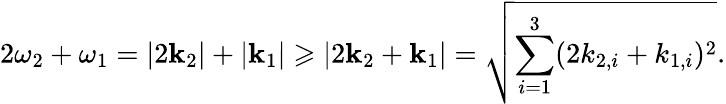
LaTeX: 2\omega_{2}+\omega_{1}=|2\textbf{k}_{2}|+|\textbf{k}_{1}|\geqslant|2\textbf{k}_{2}+\textbf{k}_{1}|=\sqrt{\sum_{i=1}^{3}(2k_{2,i}+k_{1,i})^{2}}.